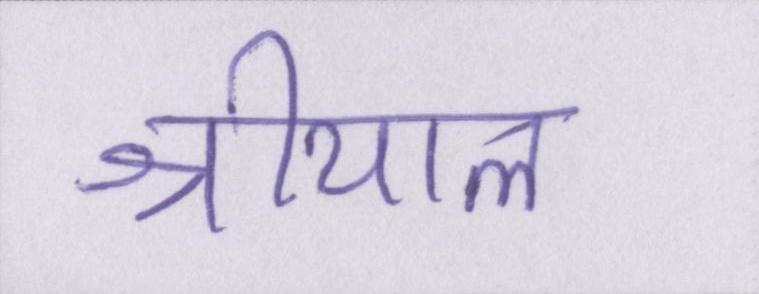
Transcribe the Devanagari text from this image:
श्रीयाल